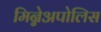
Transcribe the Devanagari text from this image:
मिन्नेअपोलिस